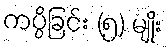
ကပ္ပိခြင်း (၅) မျိုး